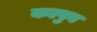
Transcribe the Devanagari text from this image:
कल्पुन